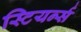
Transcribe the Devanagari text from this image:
स्टियर्न्स